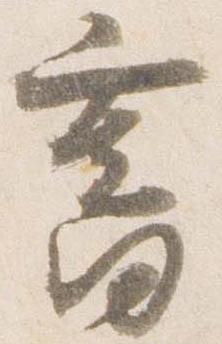
旧